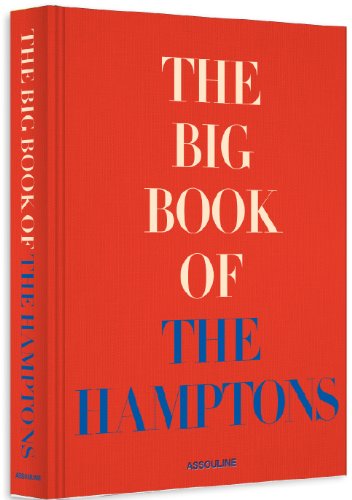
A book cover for The Big Book of the Hamptons; Arts & Photography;